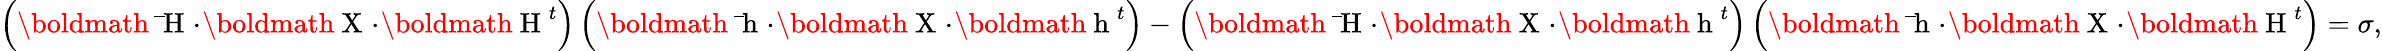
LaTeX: \left(\mathrm{\boldmath~\bar{~}H~}\! \cdot\! \mathrm{\boldmath~X~}\! \cdot\! \mathrm{\boldmath~H~}^{t}\right)\left(\mathrm{\boldmath~\bar{~}h~}\! \cdot\! \mathrm{\boldmath~X~}\! \cdot\! \mathrm{\boldmath~h~}^{t}\right)-\left(\mathrm{\boldmath~\bar{~}H~}\! \cdot\! \mathrm{\boldmath~X~}\! \cdot\! \mathrm{\boldmath~h~}^{t}\right)\left(\mathrm{\boldmath~\bar{~}h~}\! \cdot\! \mathrm{\boldmath~X~}\! \cdot\! \mathrm{\boldmath~H~}^{t}\right)=\sigma,